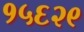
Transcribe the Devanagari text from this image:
१५६२९